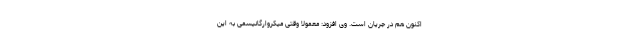
اکنون هم در جریان است. وی افزود: معمولا وقتی میکروارگانیسمی به این